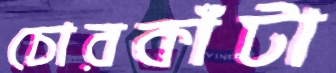
চোরকাঁটা